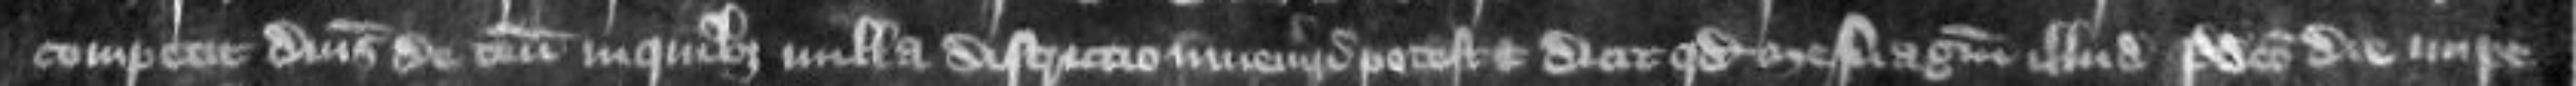
competit dominus de tenementis in quibus nulla districtio inveniri potest et dicit quod mesuagium illud predicto die impe